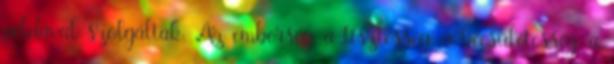
példával szolgáltak. Az emberség, a tisztesség, a becsületesség, a